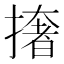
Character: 撦